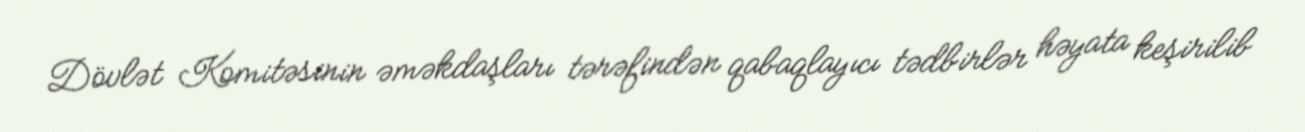
Dövlət Komitəsinin əməkdaşları tərəfindən qabaqlayıcı tədbirlər həyata keşirilib